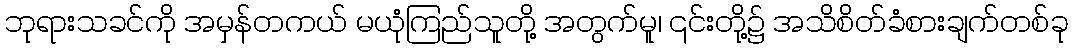
ဘုရားသခင်ကို အမှန်တကယ် မယုံကြည်သူတို့ အတွက်မူ၊ ၎င်းတို့၌ အသိစိတ်ခံစားချက်တစ်ခု